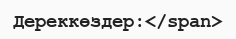
Дереккөздер:</span>